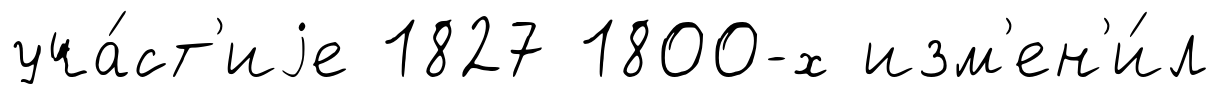
уча́ст'иjе 1827 1800-х изм'ен'и́л